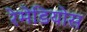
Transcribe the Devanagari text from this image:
रेमेडियोस